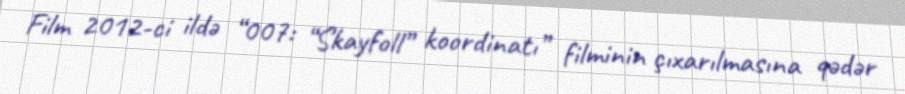
Film 2012-ci ildə “007: “Skayfoll” koordinatı” filminin çıxarılmasına qədər